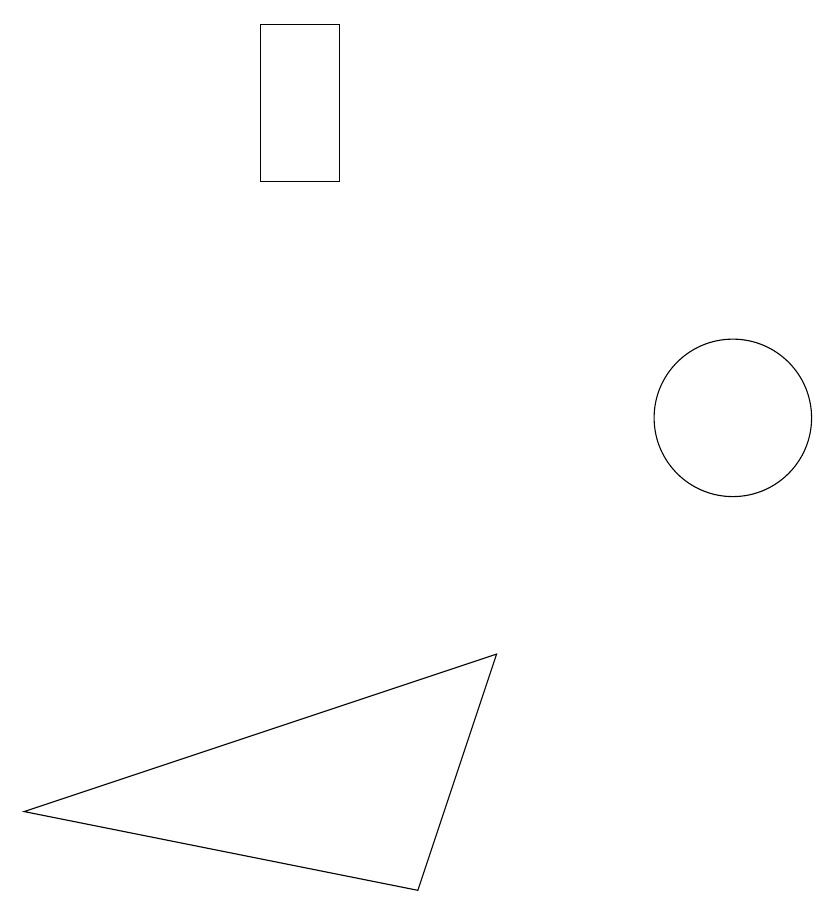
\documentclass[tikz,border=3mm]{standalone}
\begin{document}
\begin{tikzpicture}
\draw (4,15) rectangle (5,13);
\draw (1,5) -- (6,4) -- (7,7) -- cycle;
\draw (10,10) circle (1);
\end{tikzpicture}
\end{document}